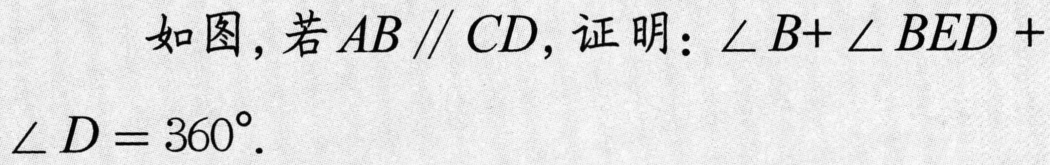
如图，若 \(AB\parallel CD\)，证明：\(\angle B + \angle BED+\angle D = 360^{\circ}\).